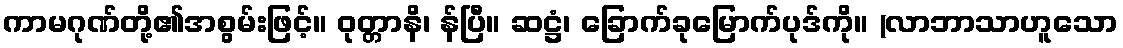
ကာမဂုဏ်တို့၏အစွမ်းဖြင့်။ ဝုတ္တာနိ၊ န်ပြီ။ ဆဋ္ဌံ၊ ခြောက်ခုမြောက်ပုဒ်ကို။ (လာဘာသာဟူသော